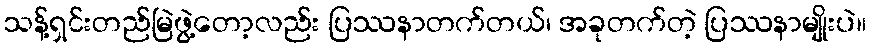
သန့်ရှင်းတည်မြဲဖွဲ့တော့လည်း ပြဿနာတက်တယ်၊ အခုတက်တဲ့ ပြဿနာမျိုးပဲ။